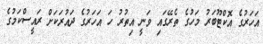
އަހަރުގެ އޮކްޓޫބަރު މަހުގެ ތެރޭގައި ވަނީ އިތުރު ހަ އަހަރުގެ ދައުރަކަށް ރައީސްކަމުގެ